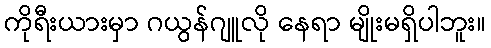
ကိုရီးယားမှာ ဂယွန်ဂျူလို နေရာ မျိုးမရှိပါဘူး။